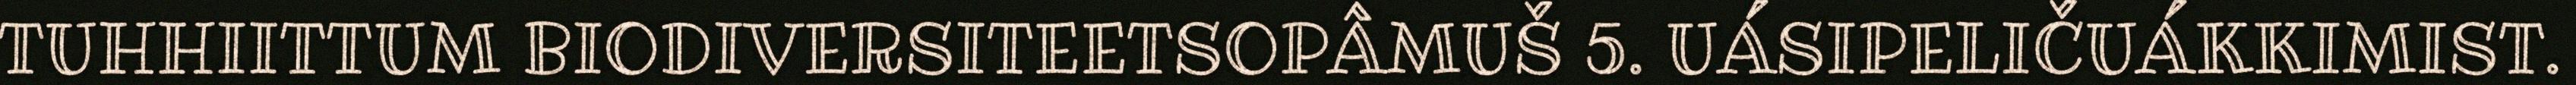
TUHHIITTUM BIODIVERSITEETSOPÂMUŠ 5. UÁSIPELIČUÁKKIMIST.